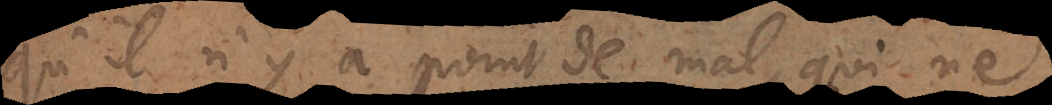
qu’il n’y a point de mal, qui ne